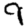
Digit: 9